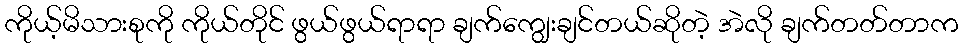
ကိုယ့်မိသားစုကို ကိုယ်တိုင် ဖွယ်ဖွယ်ရာရာ ချက်ကျွေးချင်တယ်ဆိုတဲ့ အဲလို ချက်တတ်တာက